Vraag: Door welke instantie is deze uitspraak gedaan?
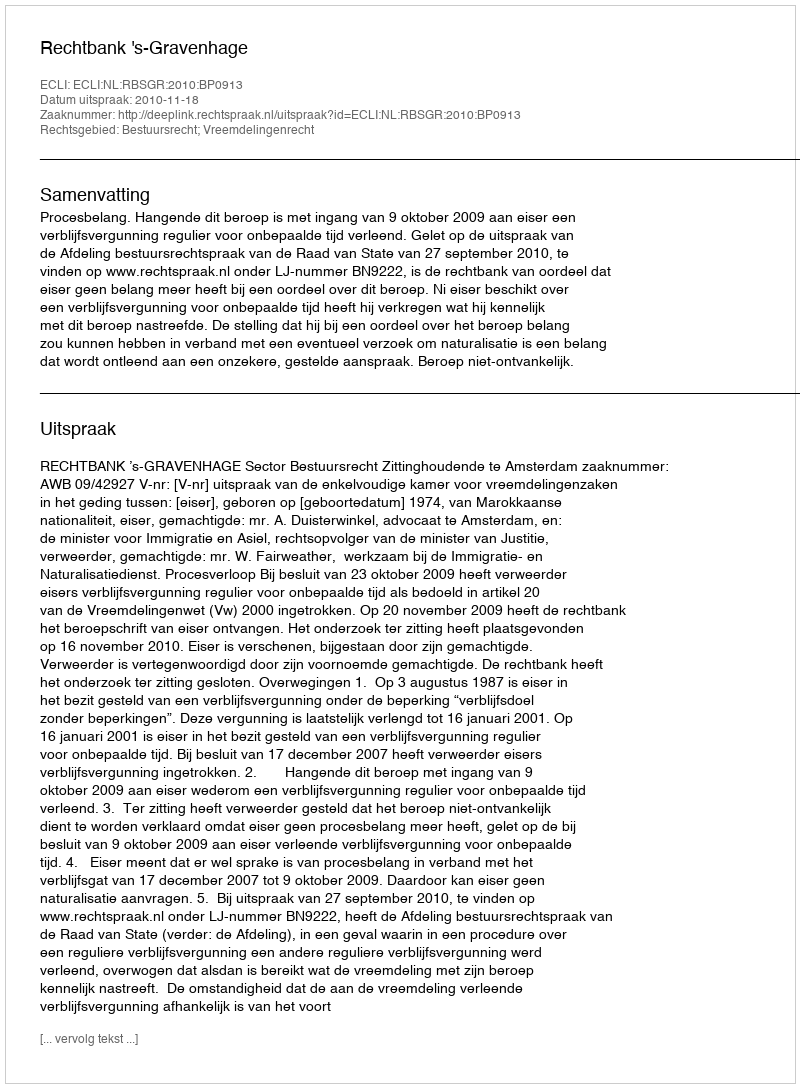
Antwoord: Rechtbank 's-Gravenhage